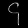
Digit: ၄